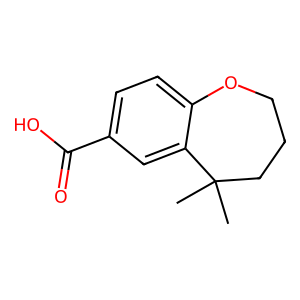
SMILES: CC1(C)CCCOc2ccc(C(=O)O)cc21
Inhibits HIV replication: No